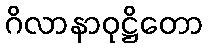
ဂိလာနာဝုဋ္ဌိတော